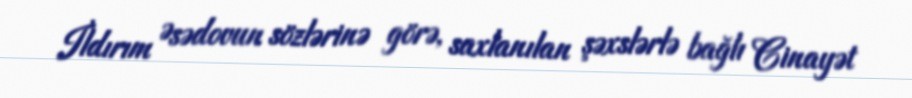
İldırım Əsədovun sözlərinə görə, saxlanılan şəxslərlə bağlı Cinayət